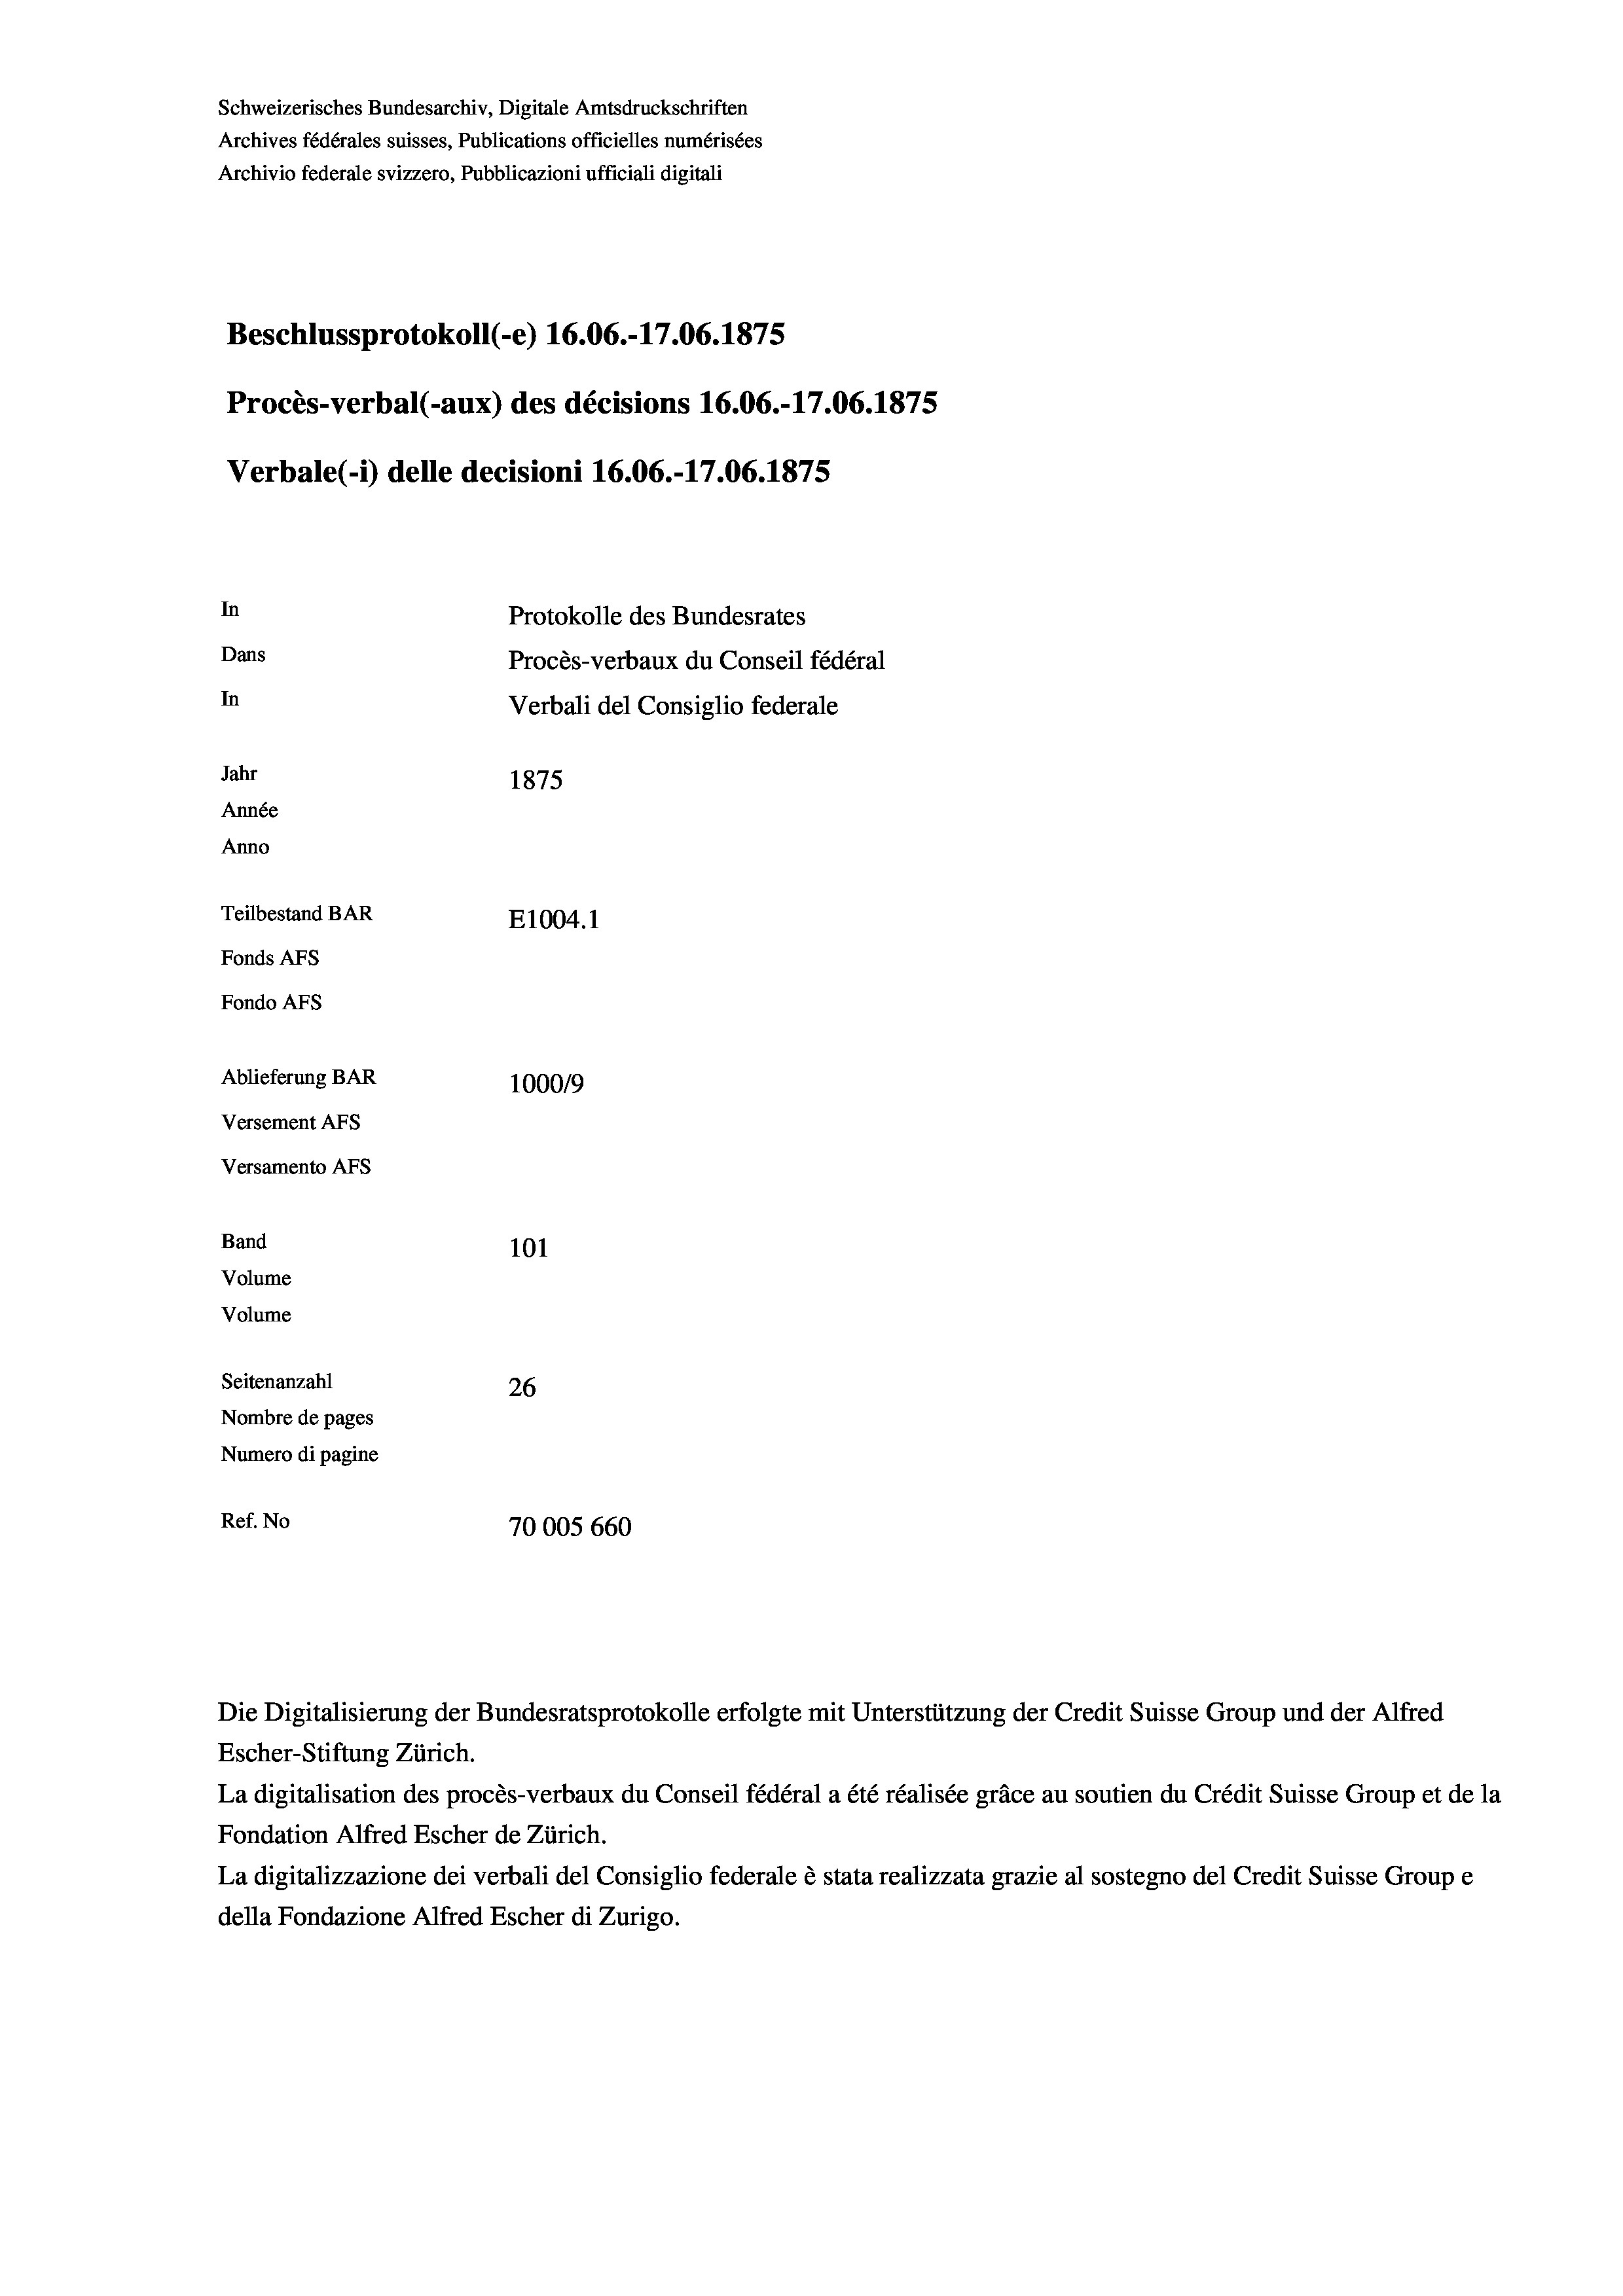
Schweizerisches Bundesarchiv, Digitale Amtsdruckschriften
Archives fédérales suisses, Publications officielles numérisées
Archivio federale svizzero, Pubblicazioni ufficiali digitali
Beschlussprotokoll (-e) 16.06.-17.06. 1875
Procès-verbal (-aux) des décisions 16.06.-17.06. 1875
Verbale(-*) delle decisioni 16.06.-17.06. 1875
In
Protokolle des Bundesrates
Dans
Procès-verbaux du Conseil fédéral
In
Verbali del Consiglio federale
Jahr
1875
Année
Anno
Teilbestand BAR
E1004. 1
Fonds Afs
Fondo Afs
Ablieferung BAR
100019
Versement AFs
Versamento Afs
Band
101
Volume
Volume
Seitenanzahl
26
Nombre de pages
Numero di pagine
Ref. No
70005 660

Die Digitalisierung der Bundesratsprotokolle erfolgte mit Unterstützung der Credit Suisse Group und der Alfred

Escher-Stiftung Zürich.
La digitalisation des procès-verbaux du Conseil fédéral a été réalisée gräce au soutien du Crédit Suisse Group et de la
Fondation Alfred Escher de Zürich.
La digitalizzazione dei verbali del Consiglio federale è stata realizzata grazie al sostegno del Credit Suisse Groupe
della Fondazione Alfred Escher di Zurigo.